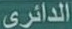
الدائري